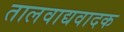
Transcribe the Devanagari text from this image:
तालवाद्यवादक